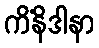
ကိံနိဒါနာ